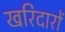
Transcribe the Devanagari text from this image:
खरिदारों